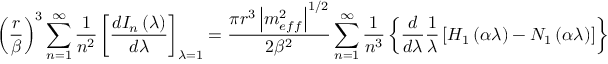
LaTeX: \left( \frac { r } { \beta } \right) ^ { 3 } \sum _ { n = 1 } ^ { \infty } \frac { 1 } { n ^ { 2 } } \left[ \frac { d I _ { n } \left( \lambda \right) } { d \lambda } \right] _ { \lambda = 1 } = \frac { \pi r ^ { 3 } \left| m _ { e f f } ^ { 2 } \right| ^ { 1 / 2 } } { 2 \beta ^ { 2 } } \sum _ { n = 1 } ^ { \infty } \frac { 1 } { n ^ { 3 } } \left\{ \frac { d } { d \lambda } \frac { 1 } { \lambda } \left[ H _ { 1 } \left( \alpha \lambda \right) - N _ { 1 } \left( \alpha \lambda \right) \right] \right\} _ { \lambda = 1 } ,